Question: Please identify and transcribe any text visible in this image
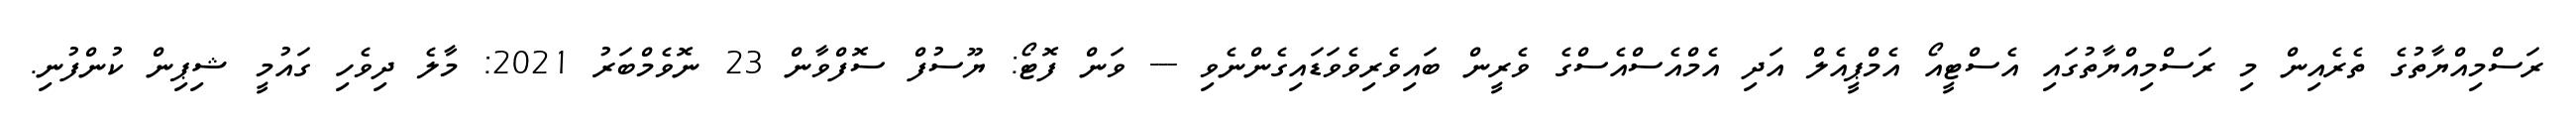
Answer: ރަސްމިއްޔާތުގެ ތެރެއިން މި ރަސްމިއްޔާތުގައި އެސްޓީއޯ އެމްޕީއެލް އަދި އެމްއެސްއެސްގެ ވެރީން ބައިވެރިވެވަޑައިގެންނެވި --- ވަން ފޮޓޯ: ޔޫސުފް ސޮފްވާން 23 ނޮވެމްބަރު 2021: މާލެ ދިވެހި ގައުމީ ޝިޕިން ކުންފުނި.